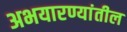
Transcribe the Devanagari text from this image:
अभयारण्यांतील